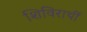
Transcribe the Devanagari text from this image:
शिविरार्थी